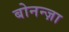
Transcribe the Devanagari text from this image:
बोनन्ज़ा